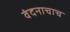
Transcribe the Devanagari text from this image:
वंदनाचाच